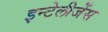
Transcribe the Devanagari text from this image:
इन्टेलीजेंस